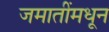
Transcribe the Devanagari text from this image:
जमातींमधून